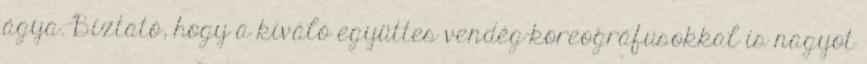
ágya. Biztató, hogy a kiváló együttes vendég-koreográfusokkal is nagyot